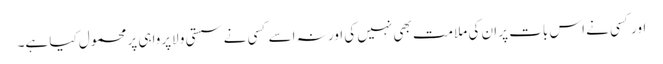
اور کسی نے اس بات پر ان کی ملامت بھی نہیں کی اور نہ اسے کسی نے سستی و لاپرواہی پر محمول کیا ہے۔